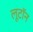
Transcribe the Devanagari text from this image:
लूटॉन